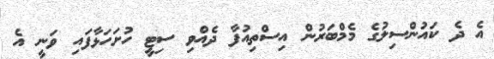
އެ ދެ ކައުންސިލުގެ މެމްބަރުން އިސްތިއުފާ ދެއްވި ސިޓީ ހުށަހަޅާފައި ވަނީ އެ